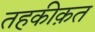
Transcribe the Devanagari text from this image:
तहकीक़त